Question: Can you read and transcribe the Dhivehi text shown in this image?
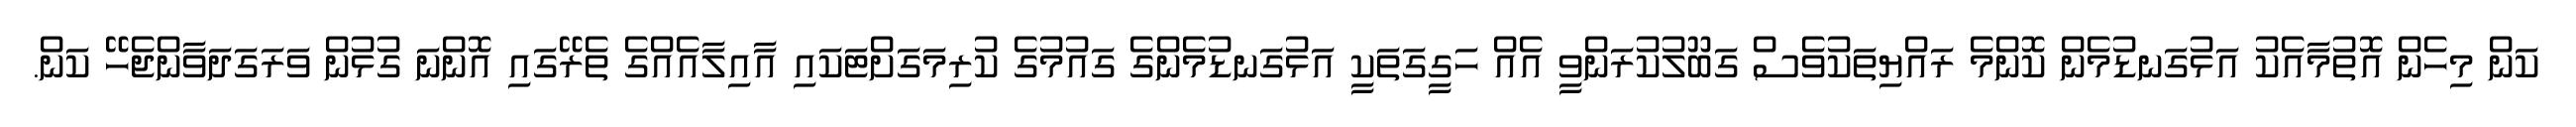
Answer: ކަން މިހެން އޮތުމާއެކު އަޅުގަނޑުމެން ކޮންމެ ރައްޔިތަކުވެސް ގަބޫލުކުރަންވީ އެއް ހަގީގަތަކީ އަޅުގަނޑުމެންގެ ގައުމުގެ ކުރިމަގަށްޓަކައި އާއިލާއެއްގެ ތެރޭގައި އޮންނަ ގުޅުން ވަރަގަދަވާންޖެހޭ ކަން.